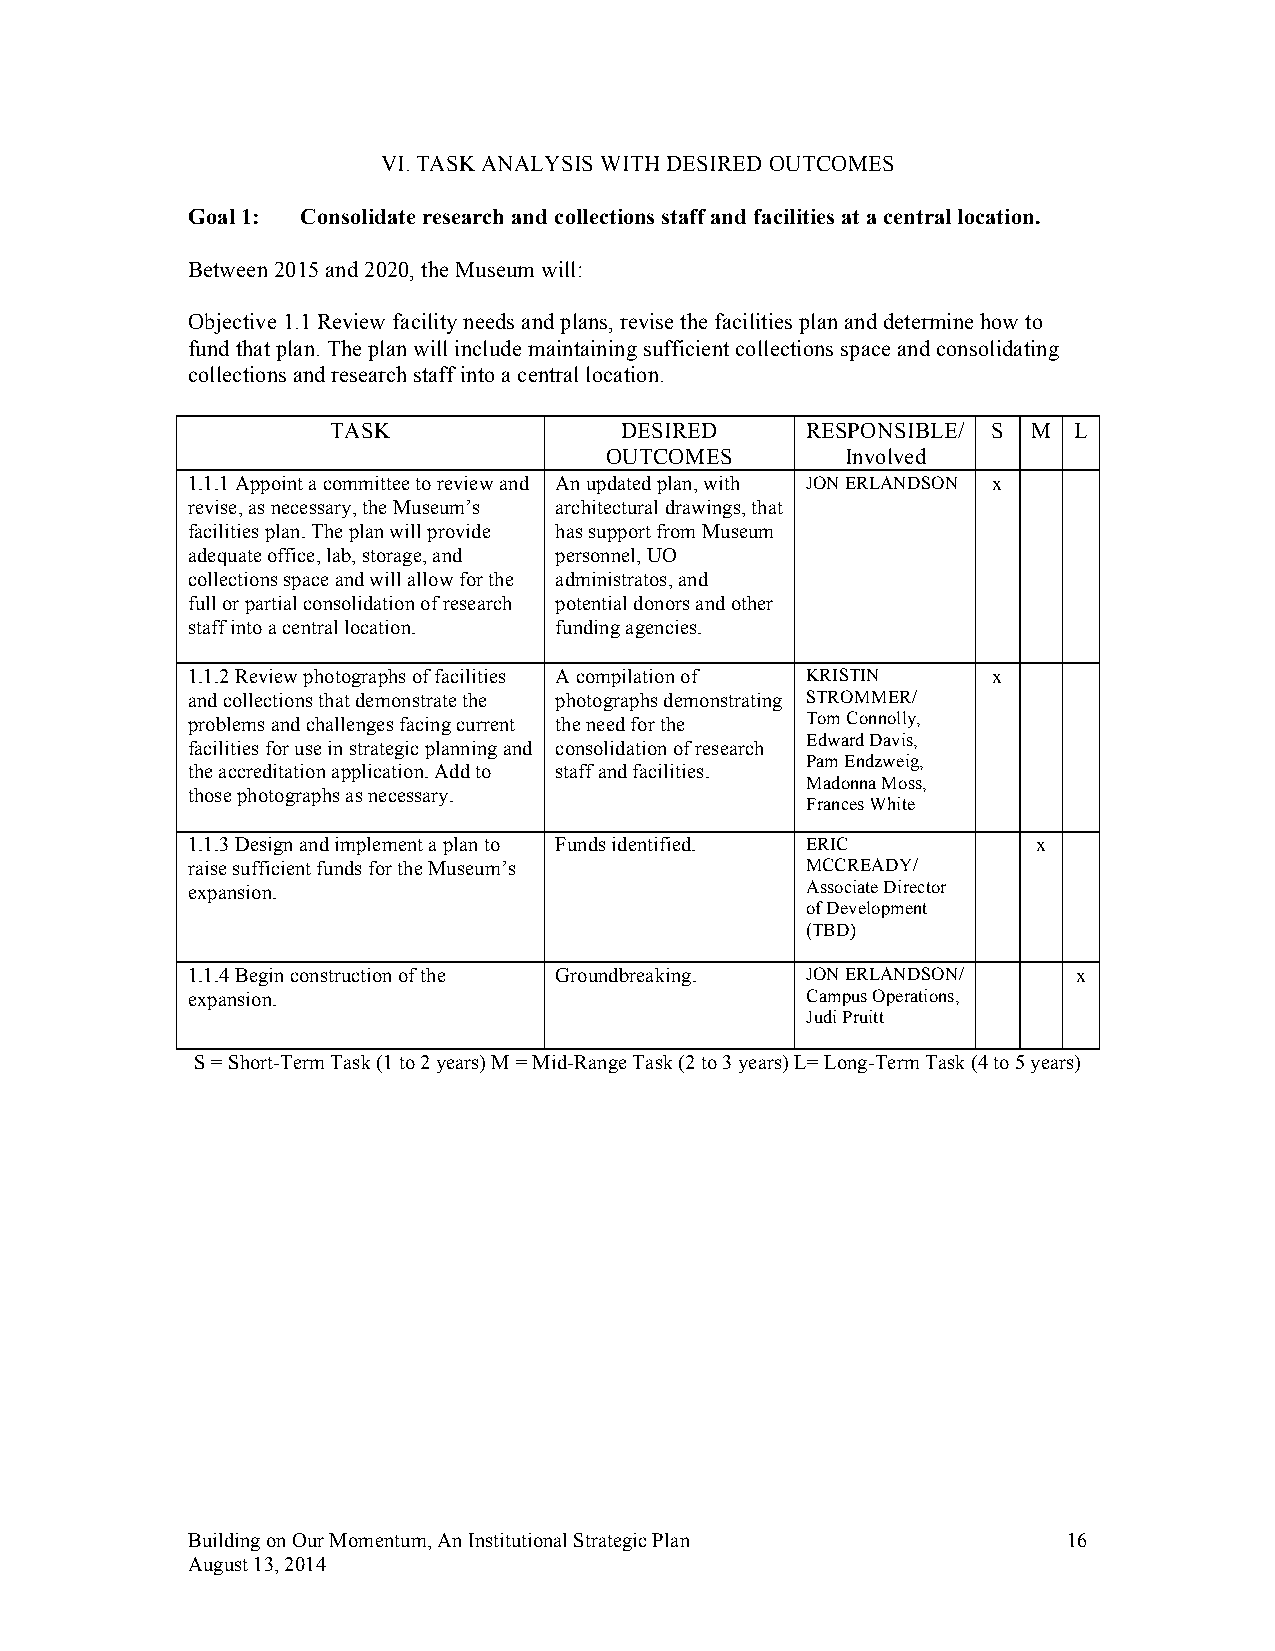
VI. TASK ANALYSIS WITH DESIRED OUTCOMES
 Goal 1: Consolidate research and collections staff and facilities at a central location.
 Between 2015 and 2020, the Museum will:
 Objective 1.1 Review facility needs and plans, revise the facilities plan and determine how to
 fund that plan. The plan will include maintaining sufficient collections space and consolidating
 collections and research staff into a central location.
 TASK               DESIRED     RESPONSIBLE/ S M  L
 OUTCOMES        Involved
 1.1.1 Appoint a committee to review and An updated plan, with JON ERLANDSON x
 revise, as necessary, the Museum’s architectural drawings, that
 facilities plan. The plan will provide has support from Museum
 adequate office, lab, storage, and personnel, UO
 collections space and will allow for the administratos, and
 full or partial consolidation of research potential donors and other
 staff into a central location. funding agencies.
 1.1.2 Review photographs of facilities A compilation of KRISTIN x
 and collections that demonstrate the photographs demonstrating STROMMER/
 problems and challenges facing current the need for the Tom Connolly,
 Edward Davis,
 facilities for use in strategic planning and consolidation of research
 Pam Endzweig,
 the accreditation application. Add to staff and facilities.
 Madonna Moss,
 those photographs as necessary.
 Frances White
 1.1.3 Design and implement a plan to Funds identified. ERIC x
 raise sufficient funds for the Museum’s  MCCREADY/
 expansion.                               Associate Director
 of Development
 (TBD)
 1.1.4 Begin construction of the Groundbreaking. JON ERLANDSON/ x
 expansion.                               Campus Operations,
 Judi Pruitt
 S = Short-Term Task (1 to 2 years) M = Mid-Range Task (2 to 3 years) L= Long-Term Task (4 to 5 years)
 Building on Our Momentum, An Institutional Strategic Plan  16
 August 13, 2014